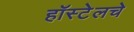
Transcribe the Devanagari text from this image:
हॉस्टेलचे